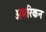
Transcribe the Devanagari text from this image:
अमरिकन